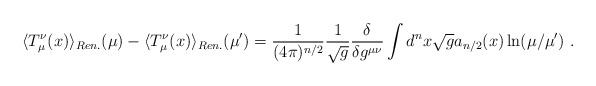
\begin{align*}\langle T_\mu^\nu(x)\rangle_{Ren.}(\mu)-\langle T_\mu^\nu(x)\rangle_{Ren.}(\mu')=\frac1{(4\pi)^{n/2}}\frac1{\sqrt{g}}\frac\delta{\delta g^{\mu\nu}}\int d^nx\sqrt{g}a_{n/2}(x)\ln(\mu/\mu') \ .\end{align*}